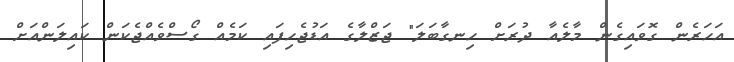
އަހަރެން ގޮވައިގެން މާލެއާ ދުރަށް ހިނގާބަލަ" ޖަޒްލާގެ އަޑުޖެހިފައި ކަމެއް ގޯސްވެއްޖެކަން ކައިލަންއަށް